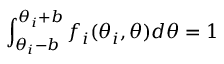
\int _ { \theta _ { i } - b } ^ { \theta _ { i } + b } f _ { i } ( \theta _ { i } , \theta ) d \theta = 1